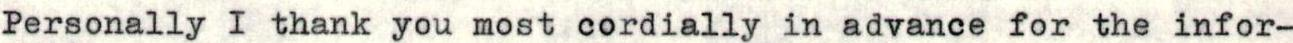
Personally I thank you most cordially in advance for the infor-